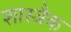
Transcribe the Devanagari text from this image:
शास्त्रैक